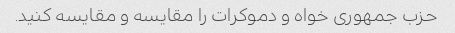
حزب جمهوری خواه و دموکرات را مقایسه و مقایسه کنید.